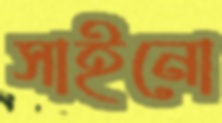
সাইনো